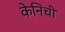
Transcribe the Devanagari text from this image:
केनिची